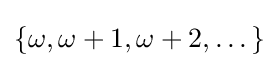
\{\omega ,\omega +1,\omega +2,\dots \}